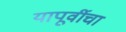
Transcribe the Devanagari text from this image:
यापूर्वीचा